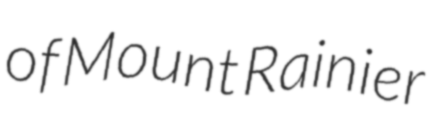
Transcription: of Mount Rainier